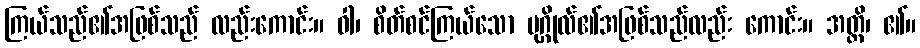
ကြယ်သည်၏အဖြစ်သည် လည်းကောင်း။ ဝါ၊ စိတ်စင်ကြယ်သော ပုဂ္ဂိုလ်၏အဖြစ်သည်လည်း ကောင်း။ အတ္ထိ၊ ၏။